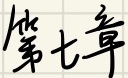
第七章